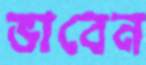
ভাবেন